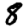
Digit: 8